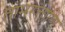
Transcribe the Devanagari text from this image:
तामरत्तोणि